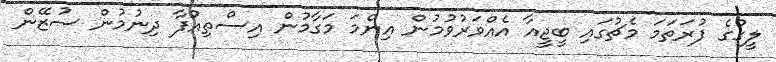
ލީގުގެ ފުރަތަމަ މެޗުގައި ބީޖީއާ އެއްވަރުވުމުން އިންމަ މަގާމުން އިސްތިއުފާ ދިނުމުން ސުޒޭން